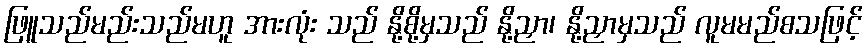
ဖြူသည်မည်းသည်မဟူ အားလုံး သည် နို့စို့မှသည် နို့ညှာ၊ နို့ညှာမှသည် လူမမည်စသဖြင့်